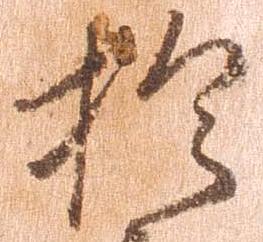
於